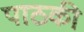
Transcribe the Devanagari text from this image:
पाठकी